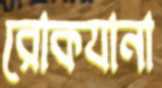
রোকযানা